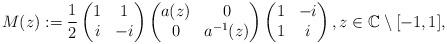
LaTeX: \begin{align*} M(z) := \frac{1}{2} \begin{pmatrix}1 & 1 \\ i & -i\end{pmatrix}\begin{pmatrix}a(z) & 0 \\ 0 & a^{-1}(z)\end{pmatrix}\begin{pmatrix}1 & -i \\ 1 & i\end{pmatrix}, z \in \mathbb C\setminus [-1,1] ,\end{align*}